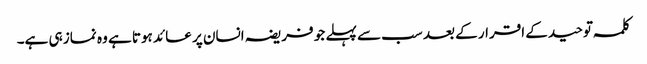
کلمہ توحید کے اقرار کے بعد سب سے پہلے جو فریضہ انسان پر عائد ہوتا ہے وہ نماز ہی ہے۔